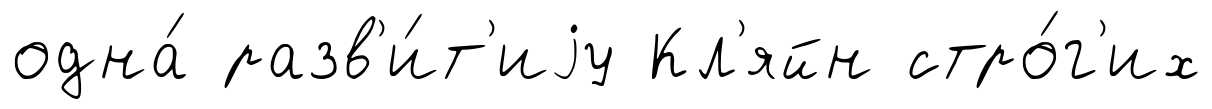
одна́ разв'и́т'иjу Кл'яйн стро́г'их